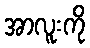
အာလူးကို